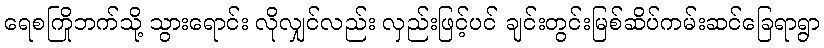
ရေစကြိုဘက်သို့ သွားရောင်း လိုလျှင်လည်း လှည်းဖြင့်ပင် ချင်းတွင်းမြစ်ဆိပ်ကမ်းဆင်ခြေရာရွာ